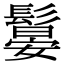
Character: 䰋